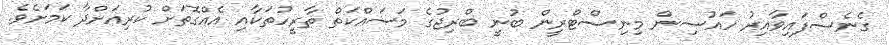
ގެނެސްފައިވާއިރު ހައުސިން މިނިސްޓްރީން ބުނީ ބްރިޖުގެ މަސައްކަތް ތާރީހުތަކާއި އެއްގޮތަށް ކުރިއަށްދާ ކަަމަށެވެ.